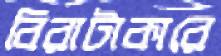
বিরাটাকারে